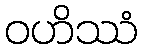
ဝဟိဿံ